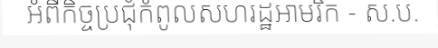
អំពីកិច្ចប្រជុំកំពូលសហរដ្ឋអាមរិក - ស.ប.